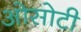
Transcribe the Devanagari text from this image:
ओसोटी